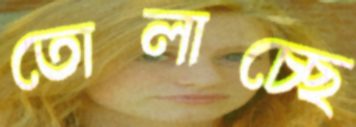
তোলাচ্ছে